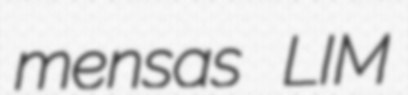
mensas LIM